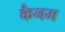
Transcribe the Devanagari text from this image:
कैनम